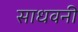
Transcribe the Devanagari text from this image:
साधवनी